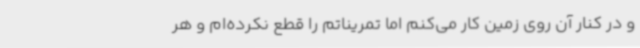
و در کنار آن روی زمین کار می‌کنم اما تمریناتم را قطع نکرده‌ام و هر